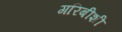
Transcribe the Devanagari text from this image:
गरिबीशी